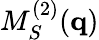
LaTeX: M_{S}^{(2)}(\mathbf{q})